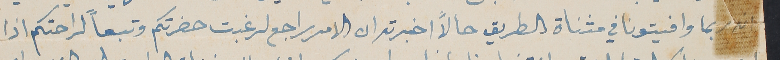
انه ربما وافيتونا في مثناة الطريق حالاً اخبرته ان الامر راجع لرغبت حضرتكم وتبعاً لراحتكم اذا